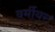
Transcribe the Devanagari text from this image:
वर्मीयर